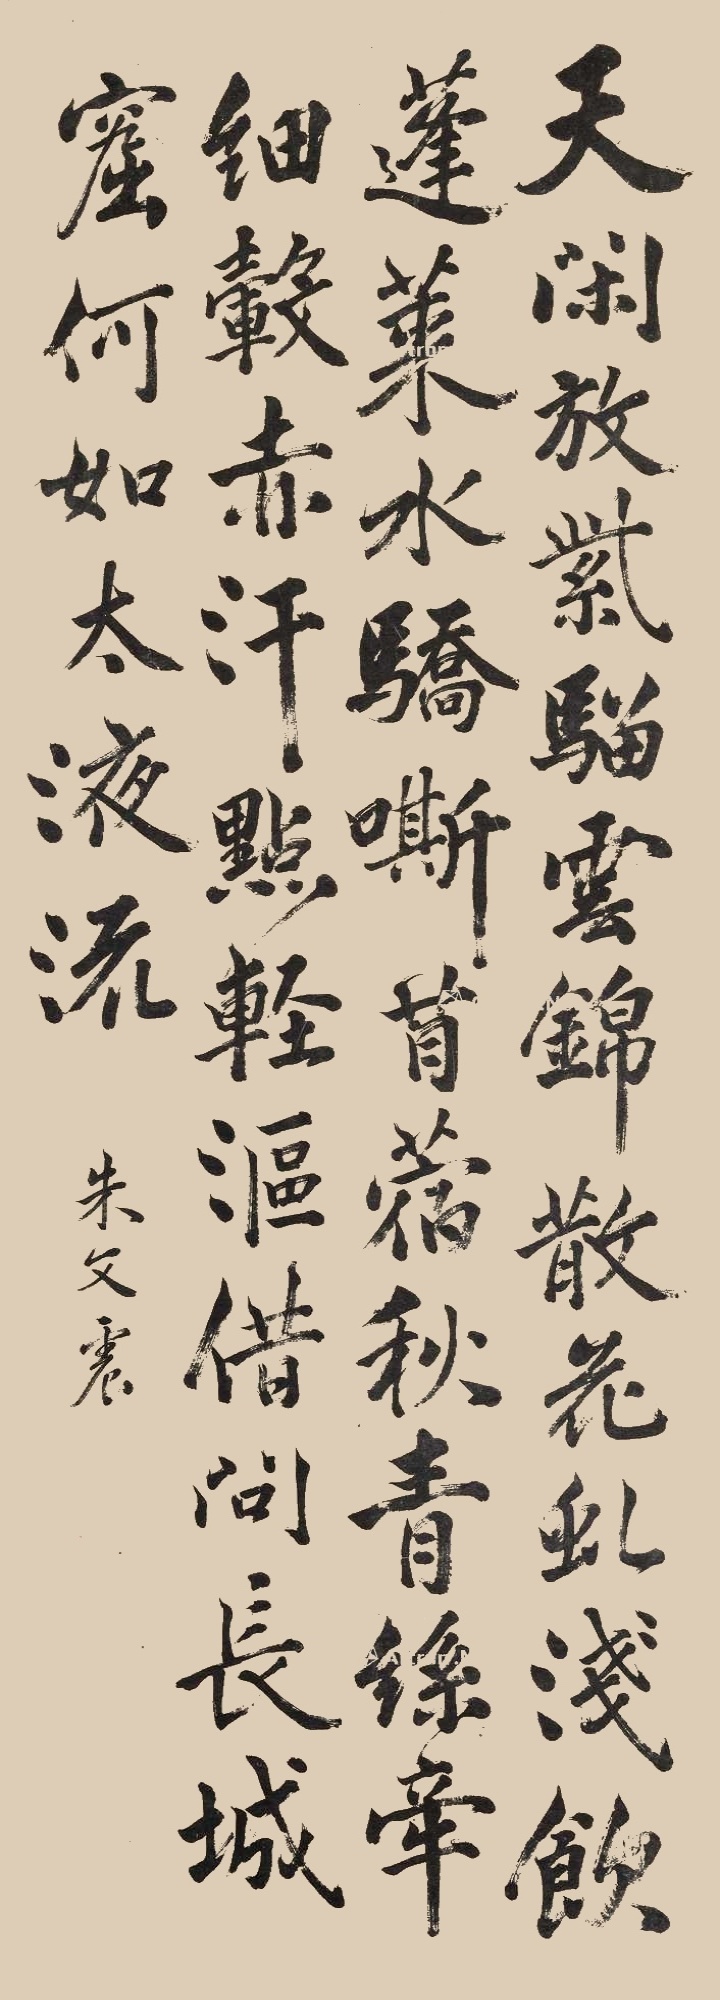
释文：天闲放紫骝，云锦散花虬，浅饮蓬莱水，骄嘶苜蓿秋，青丝牵细毂，赤汗点轻沤，借问长城窟，何如太液流。朱文震。